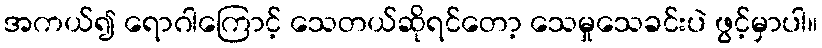
အကယ်၍ ရောဂါကြောင့် သေတယ်ဆိုရင်တော့ သေမှုသေခင်းပဲ ဖွင့်မှာပါ။